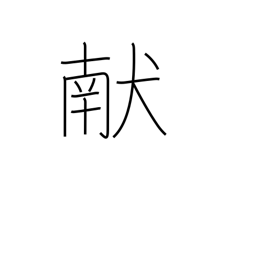
Meaning: offering